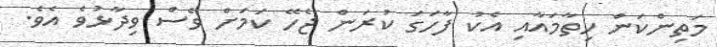
މަތިންކަން ހިތާމައާއި އެކު ފާހަގަ ކުރަން ޖެހޭ ކަމަށް ވެސް ވިދާޅުވެ އެވެ.